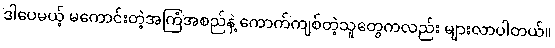
ဒါပေမယ့် မကောင်းတဲ့အကြံအစည်နဲ့ ကောက်ကျစ်တဲ့သူတွေကလည်း များလာပါတယ်။